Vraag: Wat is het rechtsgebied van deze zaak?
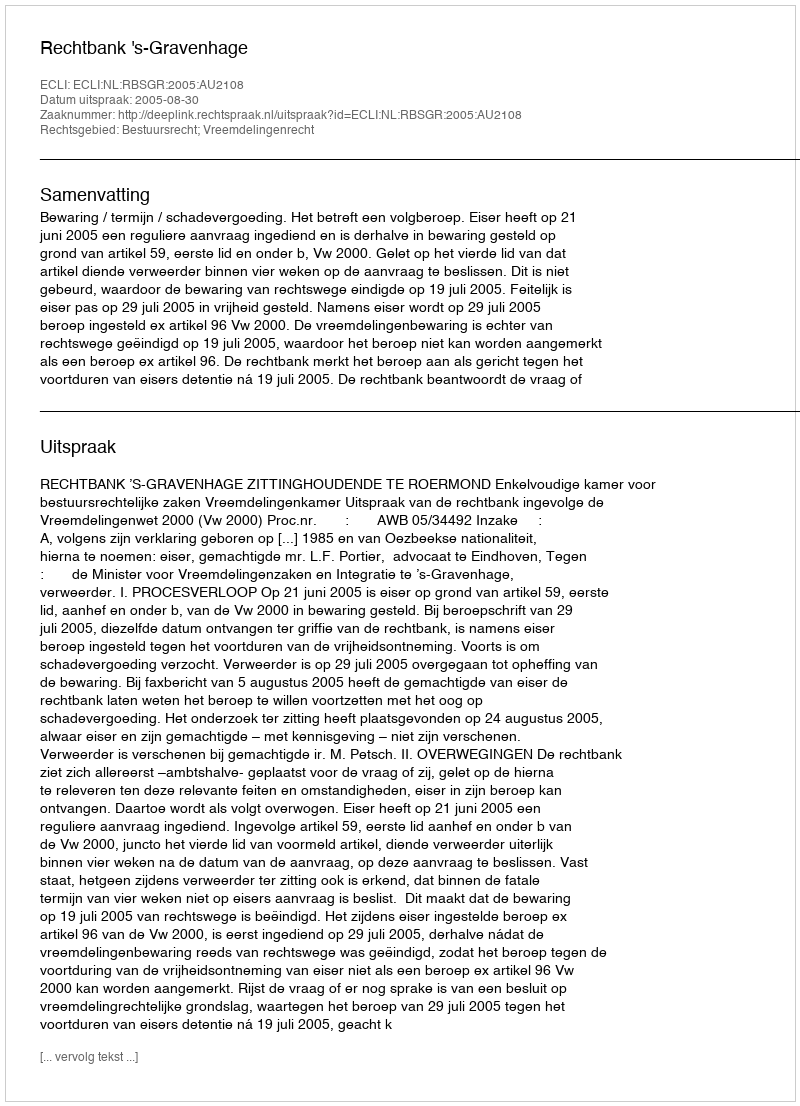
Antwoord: Bestuursrecht; Vreemdelingenrecht